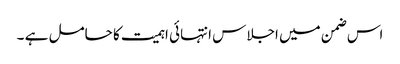
اس ضمن میں اجلاس انتہائی اہمیت کا حامل ہے ۔